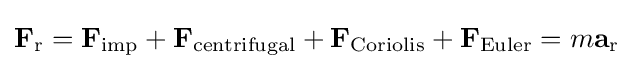
\mathbf {F_{\mathrm {r} }} =\mathbf {F} _{\mathrm {imp} }+\mathbf {F} _{\mathrm {centrifugal} }+\mathbf {F} _{\mathrm {Coriolis} }+\mathbf {F} _{\mathrm {Euler} }=m\mathbf {a_{\mathrm {r} }} \